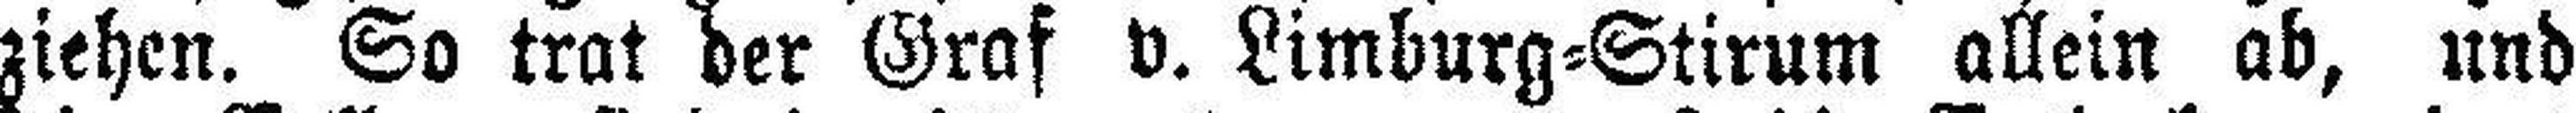
ziehen. So trat der Graf v. Limburg=Stirum allein ab, und